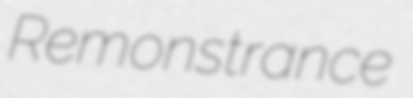
Remonstrance